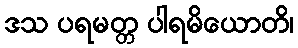
ဒသ ပရမတ္တ ပါရမိယောတိ၊